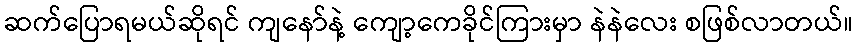
ဆက်ပြောရမယ်ဆိုရင် ကျနော်နဲ့ ကျော့ကေခိုင်ကြားမှာ နဲနဲလေး စဖြစ်လာတယ်။